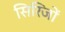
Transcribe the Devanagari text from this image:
सिरिजों